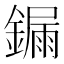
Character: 𨫒